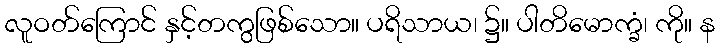
လူဝတ်ကြောင် နှင့်တကွဖြစ်သော။ ပရိသာယ၊ ၌။ ပါတိမောက္ခံ၊ ကို။ န